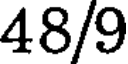
48/9